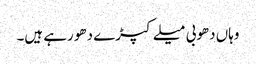
وہاں دھوبی میلے کپڑے دھو رہے ہیں۔